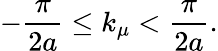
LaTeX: -\frac{\pi}{2a}\leq k_{\mu}<\frac{\pi}{2a}.